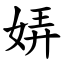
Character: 㛞